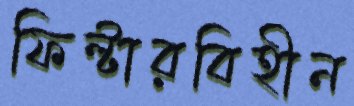
ফিল্টারবিহীন